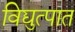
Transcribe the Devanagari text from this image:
विद्युत्पात